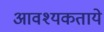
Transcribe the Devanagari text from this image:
आवश्यकताये